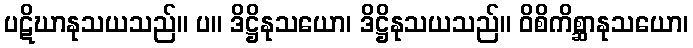
ပဋိဃာနုသယသည်။ ပ။ ဒိဋ္ဌိနုသယော၊ ဒိဋ္ဌိနုသယသည်။ ဝိစိကိစ္ဆာနုသယော၊